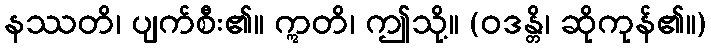
နဿတိ၊ ပျက်စီး၏။ ဣတိ၊ ဤသို့။ (ဝဒန္တိ၊ ဆိုကုန်၏။)